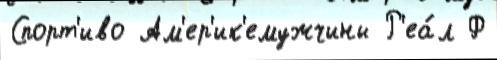
Спорт'иво Ам'ер'ик'емужчины Р'еа́л Ф